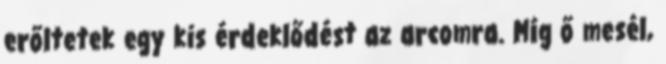
erőltetek egy kis érdeklődést az arcomra. Míg ő mesél,